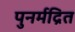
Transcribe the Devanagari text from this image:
पुनर्मद्रित